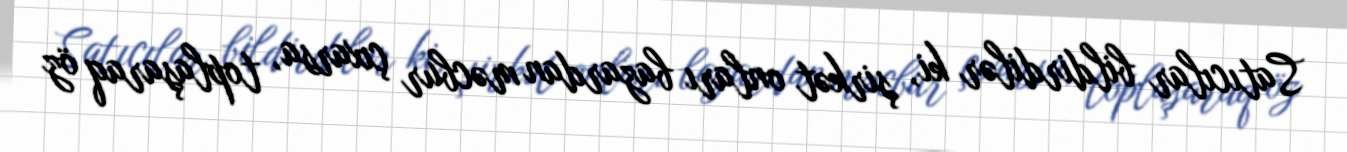
Satıcılar bildirdilər ki, şirkət onları bazardan məcbur çıxarsa, toplaşaraq öz